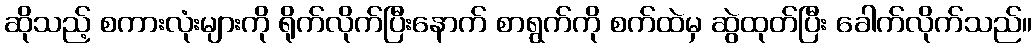
ဆိုသည့် စကားလုံးများကို ရိုက်လိုက်ပြီးနောက် စာရွက်ကို စက်ထဲမှ ဆွဲထုတ်ပြီး ခေါက်လိုက်သည်။